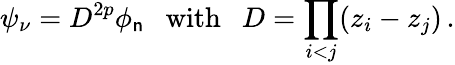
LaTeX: \psi_{\nu}=D^{2p}\phi_{\mathsf{n}}\ \ \ \mathrm{{with}}\ \ \ D=\prod_{i<j}(z_{i}-z_{j})\, .